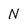
Character: N